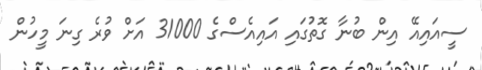
ސީއައިއޭ އިން ބުނާ ގޮތުގައި އައިއެސްގެ 31000 އަށް ވުރެ ގިނަ މީހުން